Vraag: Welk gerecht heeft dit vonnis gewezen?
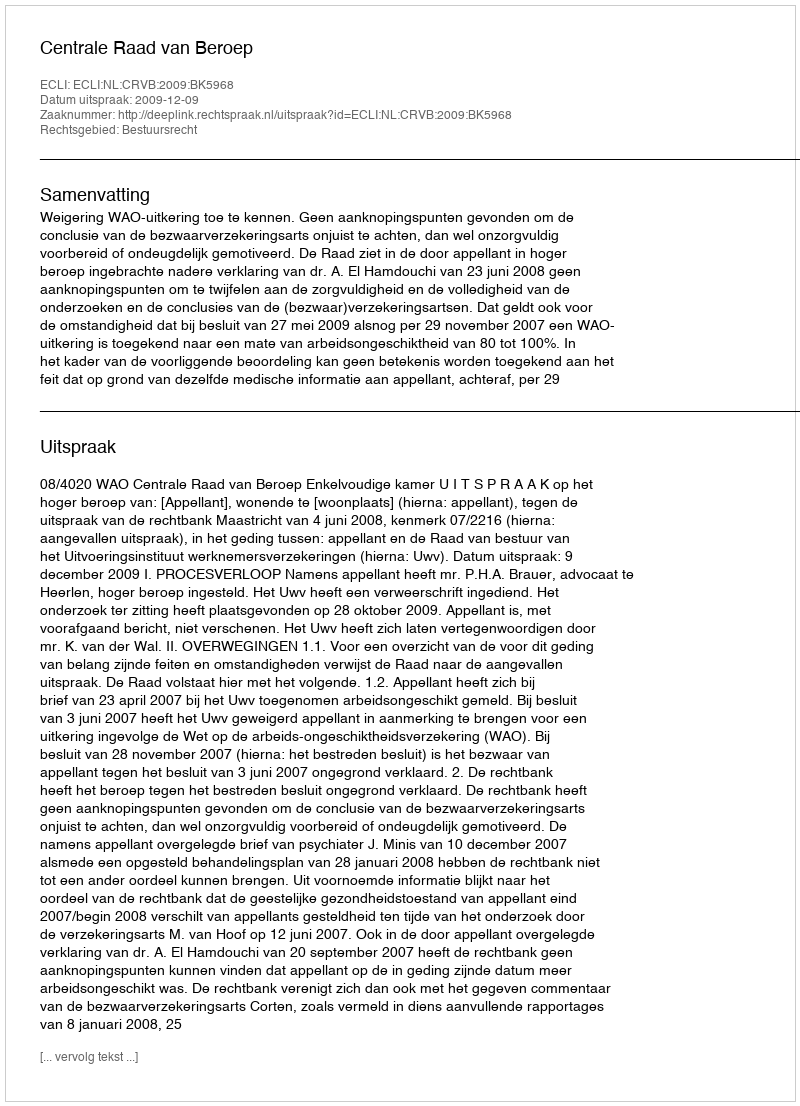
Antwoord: Centrale Raad van Beroep